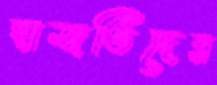
হাজতিদের